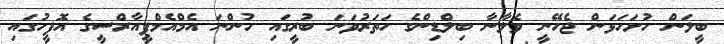
ބީލަން ހުށަހަޅަން ޖެހޭނީ ވެލާނާ ބިލްޑިންގެ ހަތަރުވަނަ ބުރީގައި ހުންނަ އެމްއެމްޕީއާރްސީގެ އޮފީހުގައި